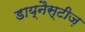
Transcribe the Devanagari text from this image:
डाय्नैस्टीज़